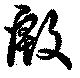
殷